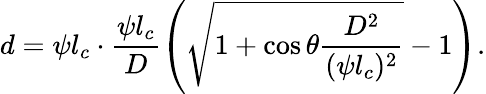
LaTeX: d=\psi l_{c}\cdot\frac{\psi l_{c}}{D}\left(\sqrt{1+{\cos\theta}\frac{D^{2}}{(\psi l_{c})^{2}}}-1\right).